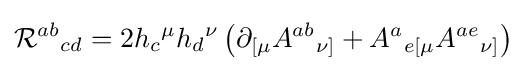
{\mathcal {R}}^{ab}{}_{cd}=2h_{c}{}^{\mu }h_{d}{}^{\nu }\left(\partial _{[\mu }A^{ab}{}_{\nu ]}+A^{a}{}_{e[\mu }A^{ae}{}_{\nu ]}\right)